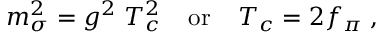
m _ { \sigma } ^ { 2 } = g ^ { 2 } \; T _ { c } ^ { 2 } \; \; \; \; \mathrm { o r } \; \; \; \; T _ { c } = 2 f _ { \pi } \; ,